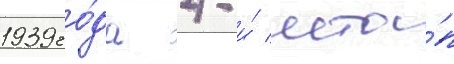
1939 го́да 4-и́ мта́п